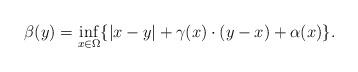
LaTeX: \begin{align*}\beta (y) = \inf_{x\in \Omega} \{|x - y| + \gamma(x) \cdot (y-x) + \alpha(x)\}.\end{align*}